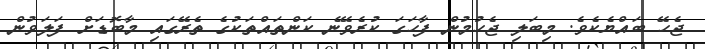
ޖެހޭ ބައްޔެކެވެ. މިބަލި ޖެހުމުން ފާހަގަ ކުރެވޭނެ ކަންތައްތަކުގެ ތެރޭގައި މާބޮޑަށް ފަލަވުން